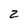
Character: Z